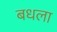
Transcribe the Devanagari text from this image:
बधला